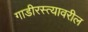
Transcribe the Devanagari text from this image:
गाडीरस्त्यावरील